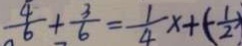
\frac { 4 } { 6 } + \frac { 3 } { 6 } = \frac { 1 } { 4 } x + ( - \frac { 1 } { 2 } )